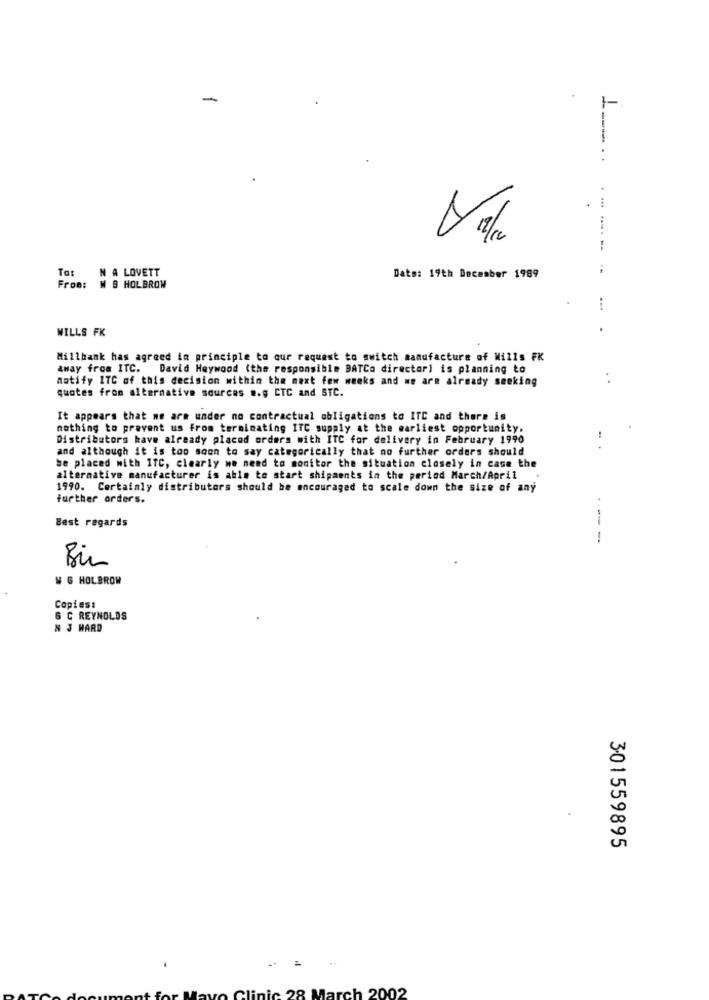
-
1-
. .
N A LOVETT
Date: 19th December 1989
From:
B HOLBROW
...
WILLS FK
Millbank has agreed in principle to our request to switch manufacture of Wills FK
away from ITC. David Haywood (the responsible BATCo director] is planning to
notify 1TC of this decision within the next few weeks and we are already seeking
. .
quotes from alternative sources .. g CTC and STC.
It appears that we are under no contractual obligations to ITC and there is
nothing to prevent us from terminating ITC supply at the earliest opportunity.
Distributors kave already placed orders with ITC for delivery in February 1990
and although it is too soon to say categorically that no further orders should
be placed with ITC, clearly we need to monitor the situation closely in case the
alternative manufacturer is able to start shipments in the period March/April
1990. Certainly distributors should be encouraged to scale down the size of any
further orders.
Best regards
--
1
Bin
W G HOLBROW
Copies:
& C REYNOLDS
N J WARD
301559895
Clinic 28 March 2002